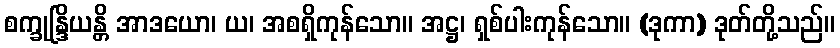
စက္ခုန္ဒြိယန္တိ အာဒယော၊ ယ၊ အစရှိကုန်သော။ အဋ္ဌ၊ ရှစ်ပါးကုန်သော။ (ဒုကာ) ဒုတ်တို့သည်။